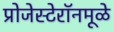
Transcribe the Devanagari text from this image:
प्रोजेस्टेरॉनमूळे